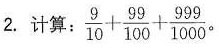
2.计算：$$ \frac { 9 }{ 1 0 } + \frac { 9 9 } { 1 0 0 } + \frac { 9 9 9 } { 1 0 0 0 }$$。